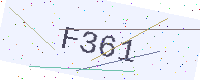
Text: F361